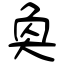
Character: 奐